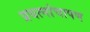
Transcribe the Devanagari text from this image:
प्रयत्नांचापण